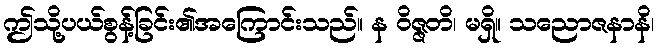
ဤသို့ပယ်စွန့်ခြင်း၏အကြောင်းသည်။ န ဝိဇ္ဇတိ၊ မရှိ။ သညောဇနာနိ၊